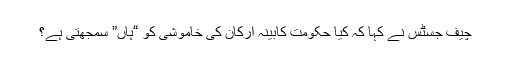
چیف جسٹس نے کہا کہ کیا حکومت کابینہ ارکان کی خاموشی کو “ہاں” سمجھتی ہے؟